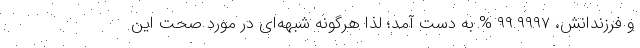
و فرزندانش، ۹۹.۹۹۹۷ % به دست آمد؛ لذا هرگونه شبهه‌ای در مورد صحت این